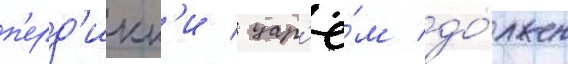
п'ерд'икк'и / цар'ё́м до́лжен